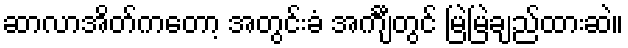
ဆာလာအိတ်ကတော့ အတွင်းခံ အင်္ကျီတွင် မြဲမြဲချည်ထားဆဲ။